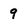
Character: 9